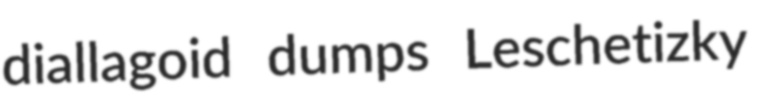
diallagoid dumps Leschetizky